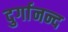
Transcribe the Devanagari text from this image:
दुर्गानन्द